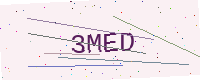
Text: 3MED